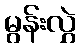
မွန်းလွှဲ